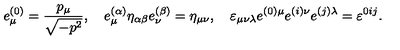
e _ { \mu } ^ { ( 0 ) } = \frac { p _ { \mu } } { \sqrt { - p ^ { 2 } } } , \quad e _ { \mu } ^ { ( \alpha ) } \eta _ { \alpha \beta } e _ { \nu } ^ { ( \beta ) } = \eta _ { \mu \nu } , \quad \varepsilon _ { \mu \nu \lambda } e ^ { ( 0 ) \mu } e ^ { ( i ) \nu } e ^ { ( j ) \lambda } = \varepsilon ^ { 0 i j } .